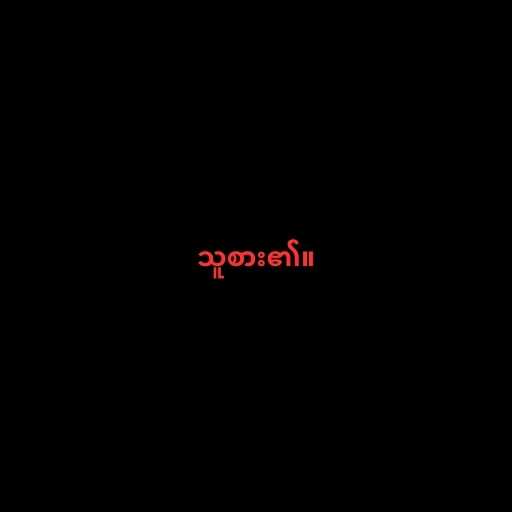
သူစား၏။